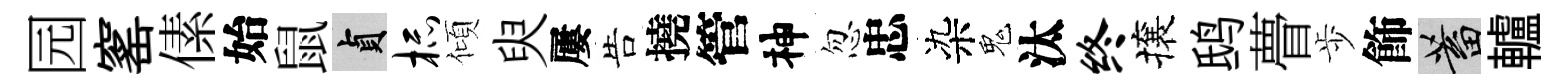
园窰傃始鼠貞杯傾臾屢告撓管神忽忠染鬼汰终攘鸱瞢歩飾蓄轤